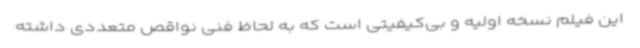
این فیلم نسخه اولیه و بی‌کیفیتی است که به لحاظ فنی نواقص متعددی داشته